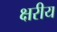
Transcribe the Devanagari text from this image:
क्षरीय